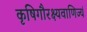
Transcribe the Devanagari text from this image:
कृषिगौरक्ष्यवाणिज्यं